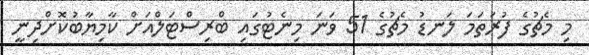
މި މެޗުގެ ފުރަތަމަ ލަނޑު މެޗުގެ 51 ވަނަ މިނެޓުގައި ބްރިސްޓަލްއަށް ކާމިޔާބުކޮށްދިނީ